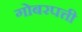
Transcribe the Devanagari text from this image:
गोबरपत्ती